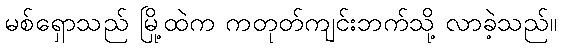
မစ်ရှောသည် မြို့ထဲက ကတုတ်ကျင်းဘက်သို့ လာခဲ့သည်။